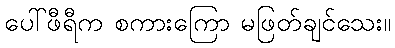
ပေါ်ဖီရီက စကားကြော မဖြတ်ချင်သေး။